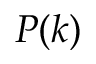
P ( k )